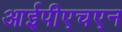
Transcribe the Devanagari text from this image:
आईपीएचएन